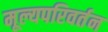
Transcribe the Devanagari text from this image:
मूल्यपरिवर्तन